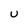
Character: U